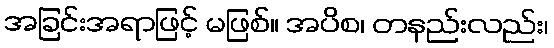
အခြင်းအရာဖြင့် မဖြစ်။ အပိစ၊ တနည်းလည်း၊